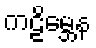
ကဠိမ္ဘေန